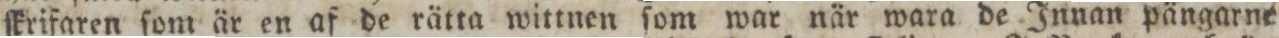
ſkrifaren ſom är en af de rätta wittnen ſom war när wara de Innan pängarne